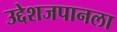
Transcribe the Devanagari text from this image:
उद्देशजपानला